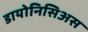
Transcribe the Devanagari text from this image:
डायोनिसिअस